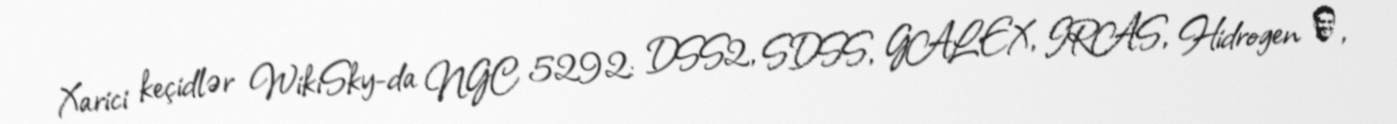
Xarici keçidlər WikiSky-da NGC 5292: DSS2, SDSS, GALEX, IRAS, Hidrogen α,